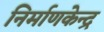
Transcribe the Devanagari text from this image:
निर्माणकेन्द्र